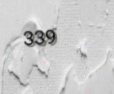
339